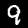
Digit: 9